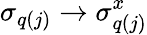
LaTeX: \sigma_{q(j)}\to\sigma_{q(j)}^{x}